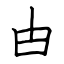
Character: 甴